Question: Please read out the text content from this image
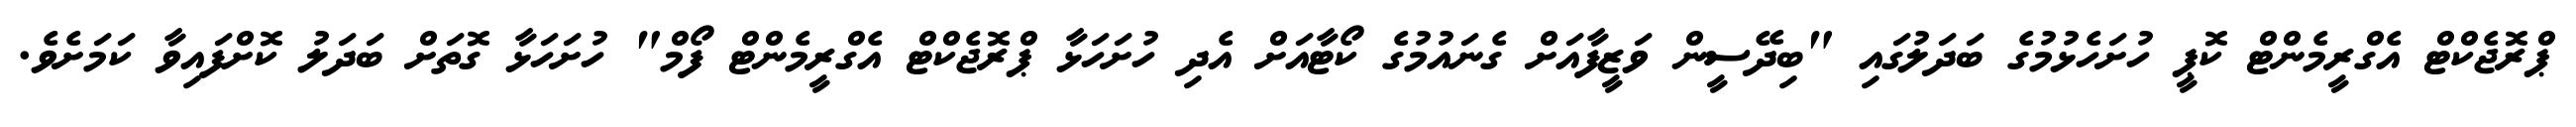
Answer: ޕްރޮޖެކްޓް އެގްރީމެންޓް ކޮޕީ ހުށަހެޅުމުގެ ބަދަލުގައި "ބިދޭސީން ވަޒީފާއަށް ގެނައުމުގެ ކޯޓާއަށް އެދި ހުށަހަޅާ ޕްރޮޖެކްޓް އެގްރީމެންޓް ފޯމް" ހުށަހަޅާ ގޮތަށް ބަދަލު ކޮށްފައިވާ ކަމަށެވެ.